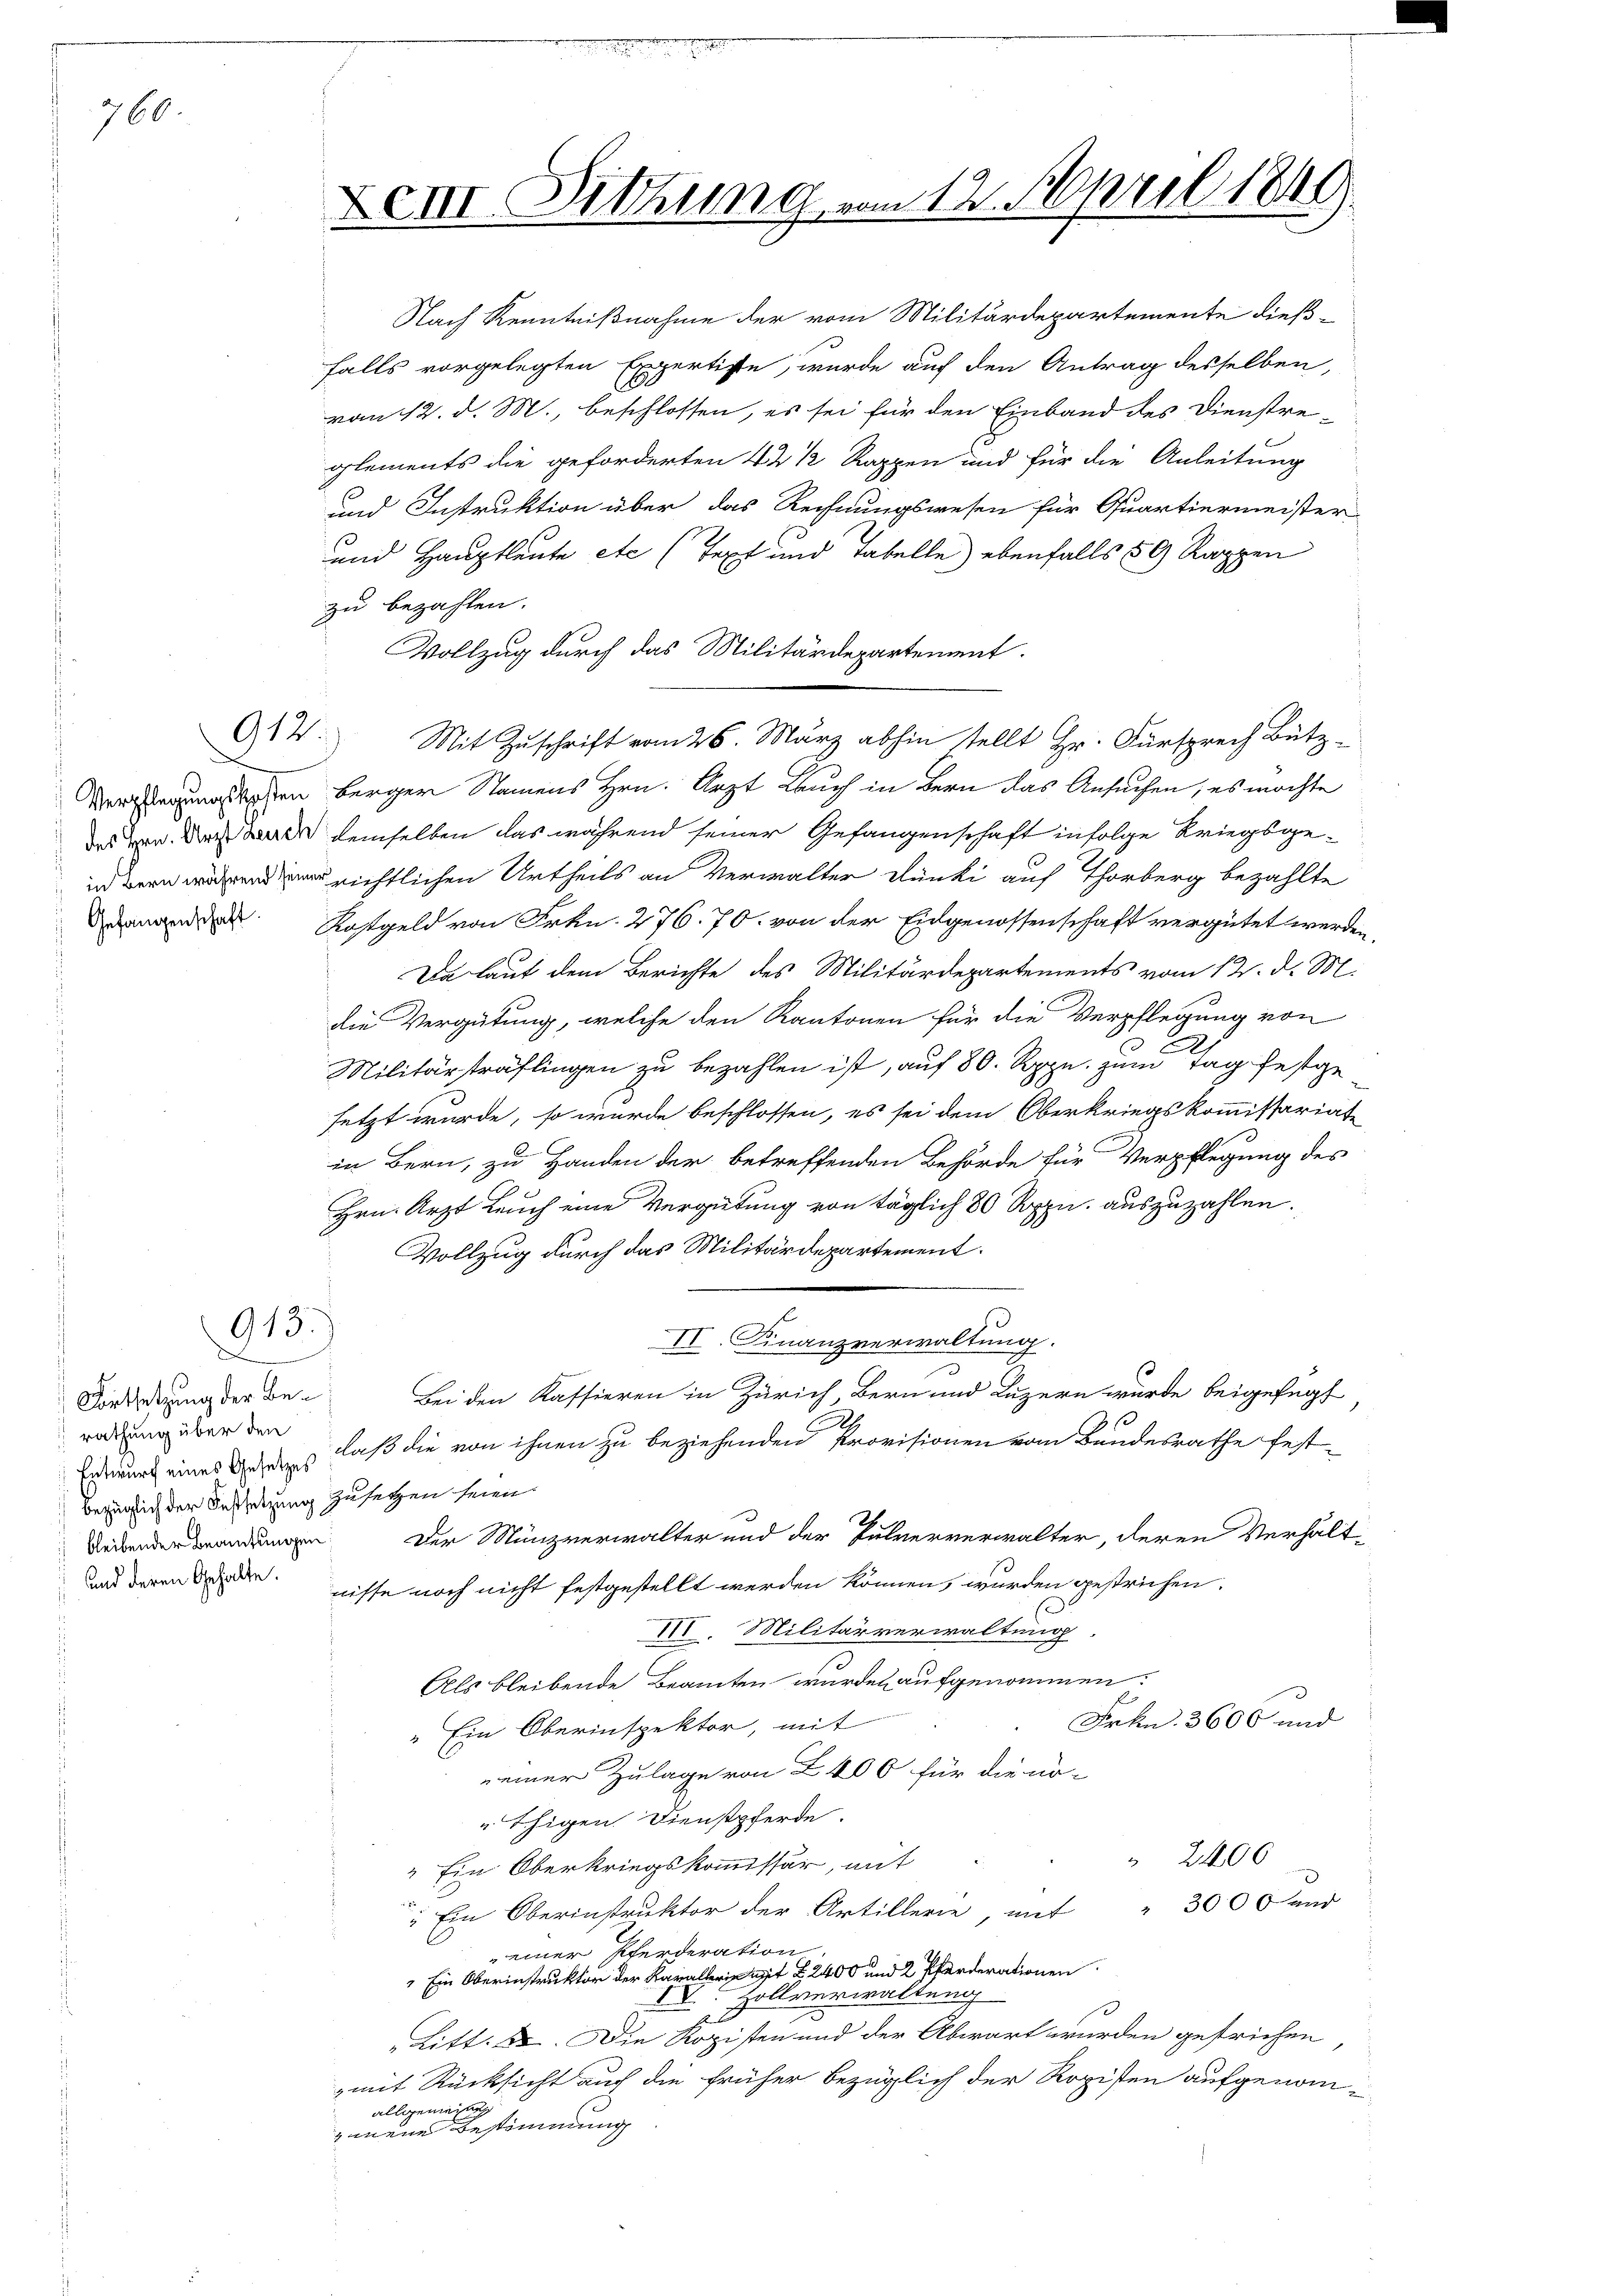
760.

912:

913.

XeIII. Dittung vom 12. April 1849.

Nach Kenntnißnahme der vom Militärdepartemente dießfalls vorgelegten Expertiste, wurde auf den Antrag desselben,
von 12. d. M., beschlossen, es sei für den Einband des Dienstre-
glements die geforderten 42 ½ Rappen und für die Anleitung
und Instruktion über das Rechnungswesen für Quartiermeister
und Hauptleute etc. (Text und Tabelle) ebenfalls 50 Rappen
zu bezahlen.
Vollzug durch das Militärdepartement.
Mit Zuschrift vom 26. März abhin stellt Hr. Fürsprech Bütz-
Verlegungskosten berger Namens Hrn. Arzt Lauch in Bern das Ansuchen, es möchte
des Hrn. Dabei demselben das während seiner Gefangenschaft infolge Kriegsgeinrichtlichen Urtheils an Verwalter Dünki auf Thorberg bezahlte
nd Kostgeld von Frkn. 276. 70. von der Eidgenossenschaft vergütet werden
Da laut dem Berichte des Militärdepartements vom 12. d. M.
die Vergütung, welche den Kantonen für die Verpflegung von
Militärsträflingen zu bezahlen ist, auf 80. Rppn. zum Tag festge
setzt wurde, so wurde beschlossen, es sei dem Oberkriegskommissariat
in Bern, zu Handen der betreffenden Behörde für Verpflegung des
Hrn. Arzt Leuch eine Vergütung von täglich 80 Rppn. auszuzahlen.
Vollzug durch das Militärdepartement.
II. Finanzverwaltung.
Bei den Kassieren in Zürich Bern und Luzern wurde beigefügt
Entwurt eines en laß die von ihnen zu beziehenden Provisionen vom Bandesrathe fest-
 Der Münzverwalter und der Pulververwalter, deren Verhält-
nisse noch nicht festgestellt werden können, wurden gestrichen.
VII. Militärverwaltung
Als bleibende Beamten wurden aufgenommen.
Frkn. 3600 und
"Ein Oberinspektor, mit
einer Zulage von Z. 400 für die nö¬
Echigen Dienstpferde.
 2400
" Ein Oberkriegskommissär, mit
" 3000 und
 Ein Oberinstruktor der Artillerie, mit
einer Pferderation
" in Oberinstruktor der Karl mit 2400 und 2 Pferderationen
VV. Zollverwaltung
Litt. 88. Die Kopisten und der Abwart wurden gefrüchen,
mit Rücksicht auch die früher bezüglich der Ropisten aufgenomallgemein
mene Bestimmung

Fortsetzung der Berathung über den
) bezüglich der Festsetzung zusetzen seien.
und deren Gehalte.